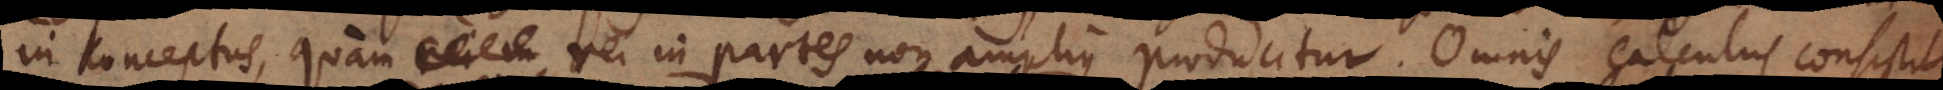
in conceptus, quam rei in partes non amplius producitur. Omnis calculus consistit